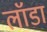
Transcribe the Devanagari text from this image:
लॉडा